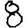
Digit: 8